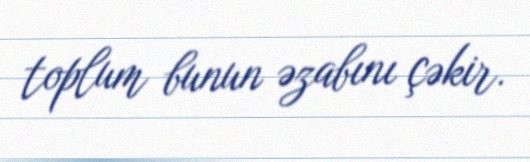
toplum bunun əzabını çəkir.